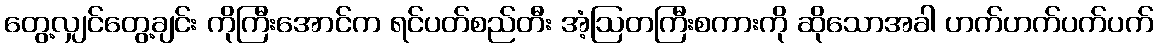
တွေ့လျှင်တွေ့ချင်း ကိုကြီးအောင်က ရင်ပတ်စည်တီး အံ့ဩတကြီးစကားကို ဆိုသောအခါ ဟက်ဟက်ပက်ပက်